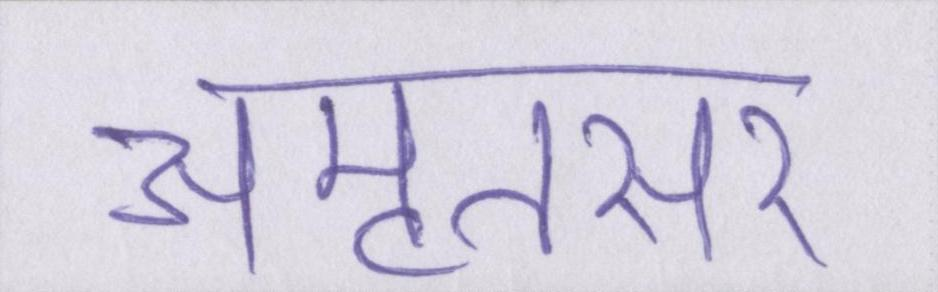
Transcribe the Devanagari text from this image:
अमृतसर